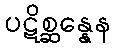
ပဋိစ္ဆန္နေန